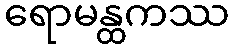
ရောမန္ထကဿ